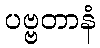
ပဗ္ဗတာနံ